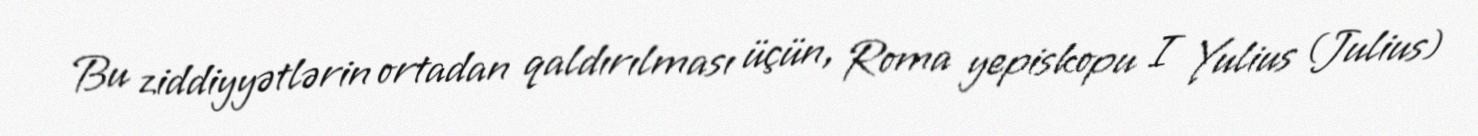
Bu ziddiyyətlərin ortadan qaldırılması üçün, Roma yepiskopu I Yulius (Julius)